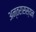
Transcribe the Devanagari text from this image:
अन्तरासस्यन